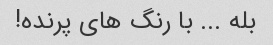
بله ... با رنگ های پرنده!